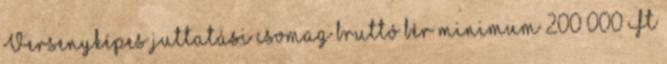
Versenyképes juttatási csomag bruttó bér minimum 200 000 Ft